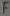
Text: F